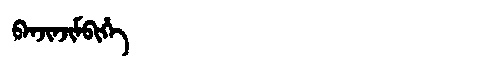
Manchu: ᠪᠠᠨᠵᡳᠨᠵᡳᠮᠪᡳᡥᡝ
Romanization: BANJINJIMBIHE